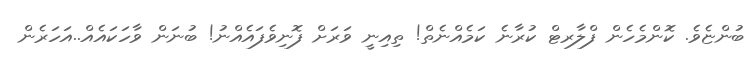
ބުންޏެވެ. ކޮންމެހެން ފްލާރޓް ކުރާނެ ކަމެއްނެތް! ތިއިނީ ވަރަށް ފޮނިވެފައެއްނު! ބުނަން ވާހަކައެއް..އަހަރެން